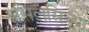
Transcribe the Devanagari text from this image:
इसिलसिच्या